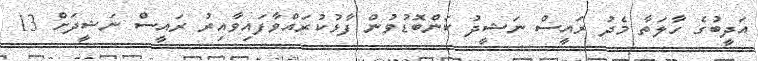
އަދީބުގެ ހާލަތާ މެދު ރައީސް ނަޝީދު ކަންބޮޑުވުން ފާޅުކުރައްވާފައިވާއިރު ރައީސް ނަޝީދަށް 13